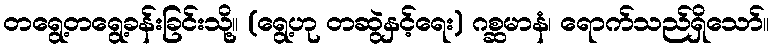
တရွေ့တရွေ့ခန်းခြင်းသို့။ (ရွေ့ဟု တဆွဲနှင့်ရေး) ဂစ္ဆမာနံ၊ ရောက်သည်ရှိသော်။